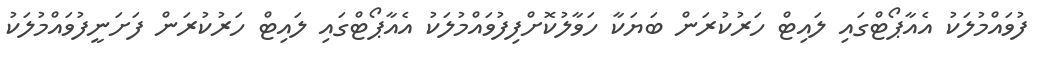
ފުވައްމުލަކު އެއާޕޯޓްގައި ލައިޓް ހަރުކުރަން ބަޔަކާ ހަވާލުކޮށްފިފުވައްމުލަކު އެއާޕޯޓްގައި ލައިޓް ހަރުކުރަން ފަށަނީފުވައްމުލަކު